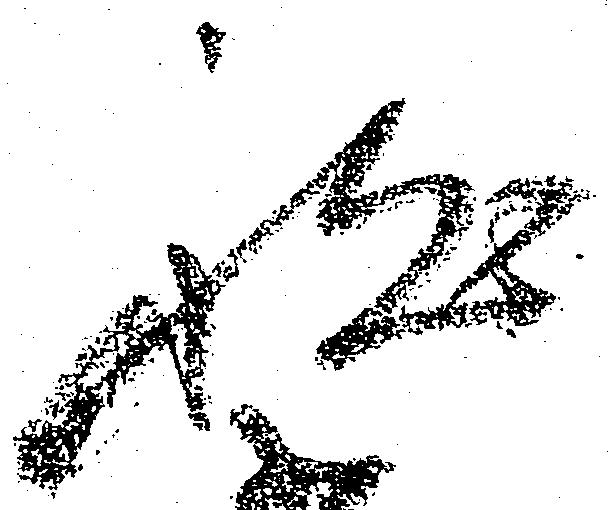
被